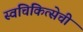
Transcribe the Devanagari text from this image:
स्वचिकित्सेची